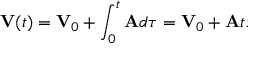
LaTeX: \mathbf { V } ( t ) = \mathbf { V } _ { 0 } + \int _ { 0 } ^ { t } \mathbf { A } d \tau = \mathbf { V } _ { 0 } + \mathbf { A } t .